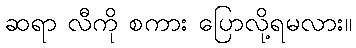
ဆရာ လီကို စကား ပြောလို့ရမလား။